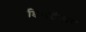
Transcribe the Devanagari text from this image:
डिसटैम्पर